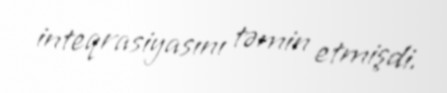
inteqrasiyasını təmin etmişdi.